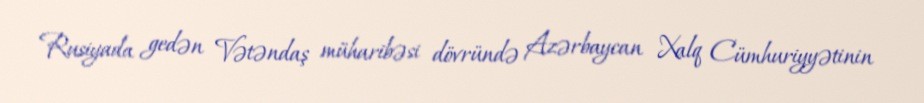
Rusiyada gedən Vətəndaş müharibəsi dövründə Azərbaycan Xalq Cümhuriyyətinin